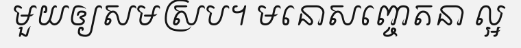
មួយឲ្យសមស្រប។ មនោសញ្ចេតនា ល្អ